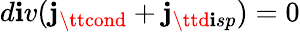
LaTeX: d\mathbf{i}v({\mathbf{j}}_{\ttcond}+{\mathbf{j}}_{\ttd\mathbf{i}sp})=0